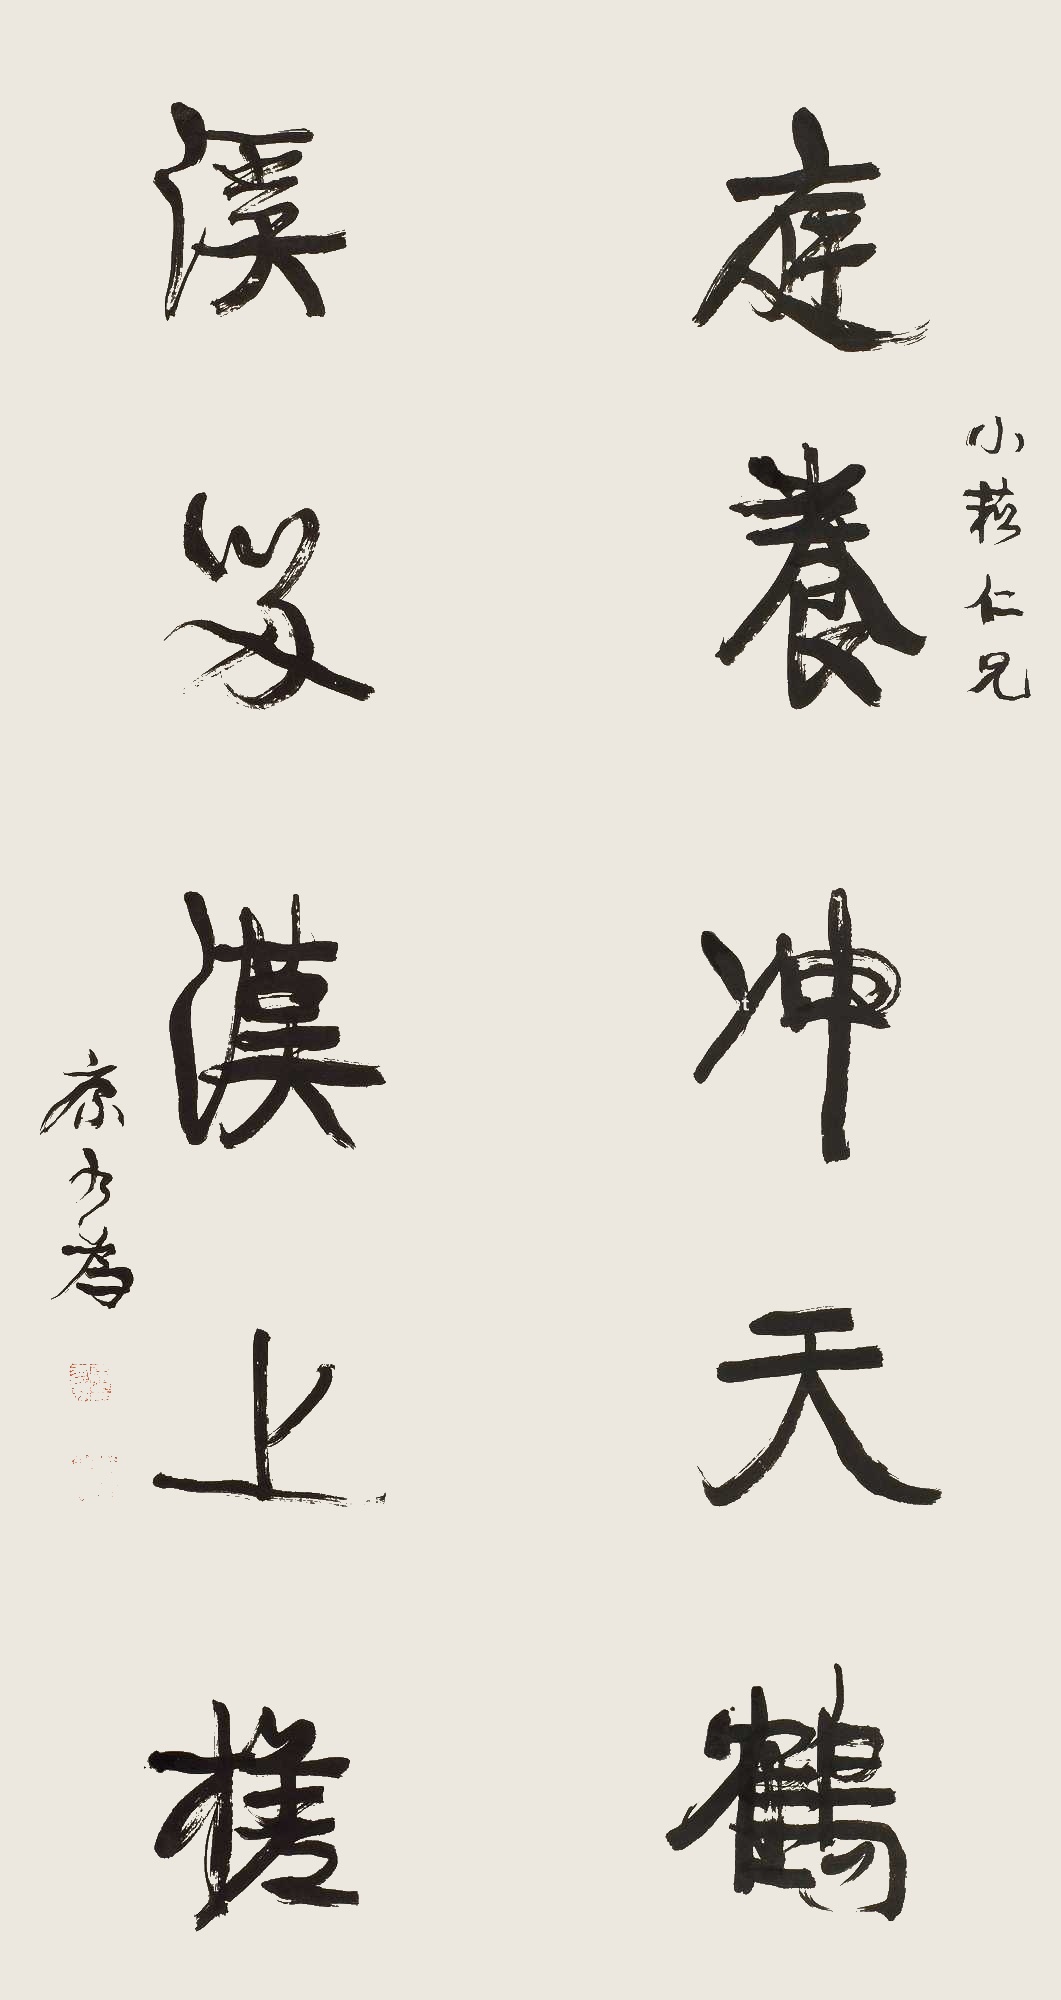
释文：庭养冲天鹤，溪留汉上槎。小菘仁兄，康有为。